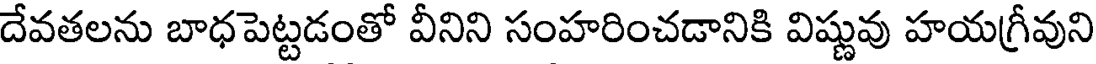
దేవతలను బాధపెట్టడంతో వీనిని సంహరించడానికి విష్ణువు హయగ్రీవుని